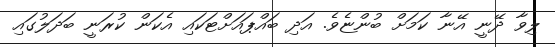
ލިވާ ދޭނީ އޭނާ ކަމަށް ބުންޏެވެ. އަދި ބައްޕައަށްޓަކައި އެކަން ކުރަނީ ބަދަލުގައި